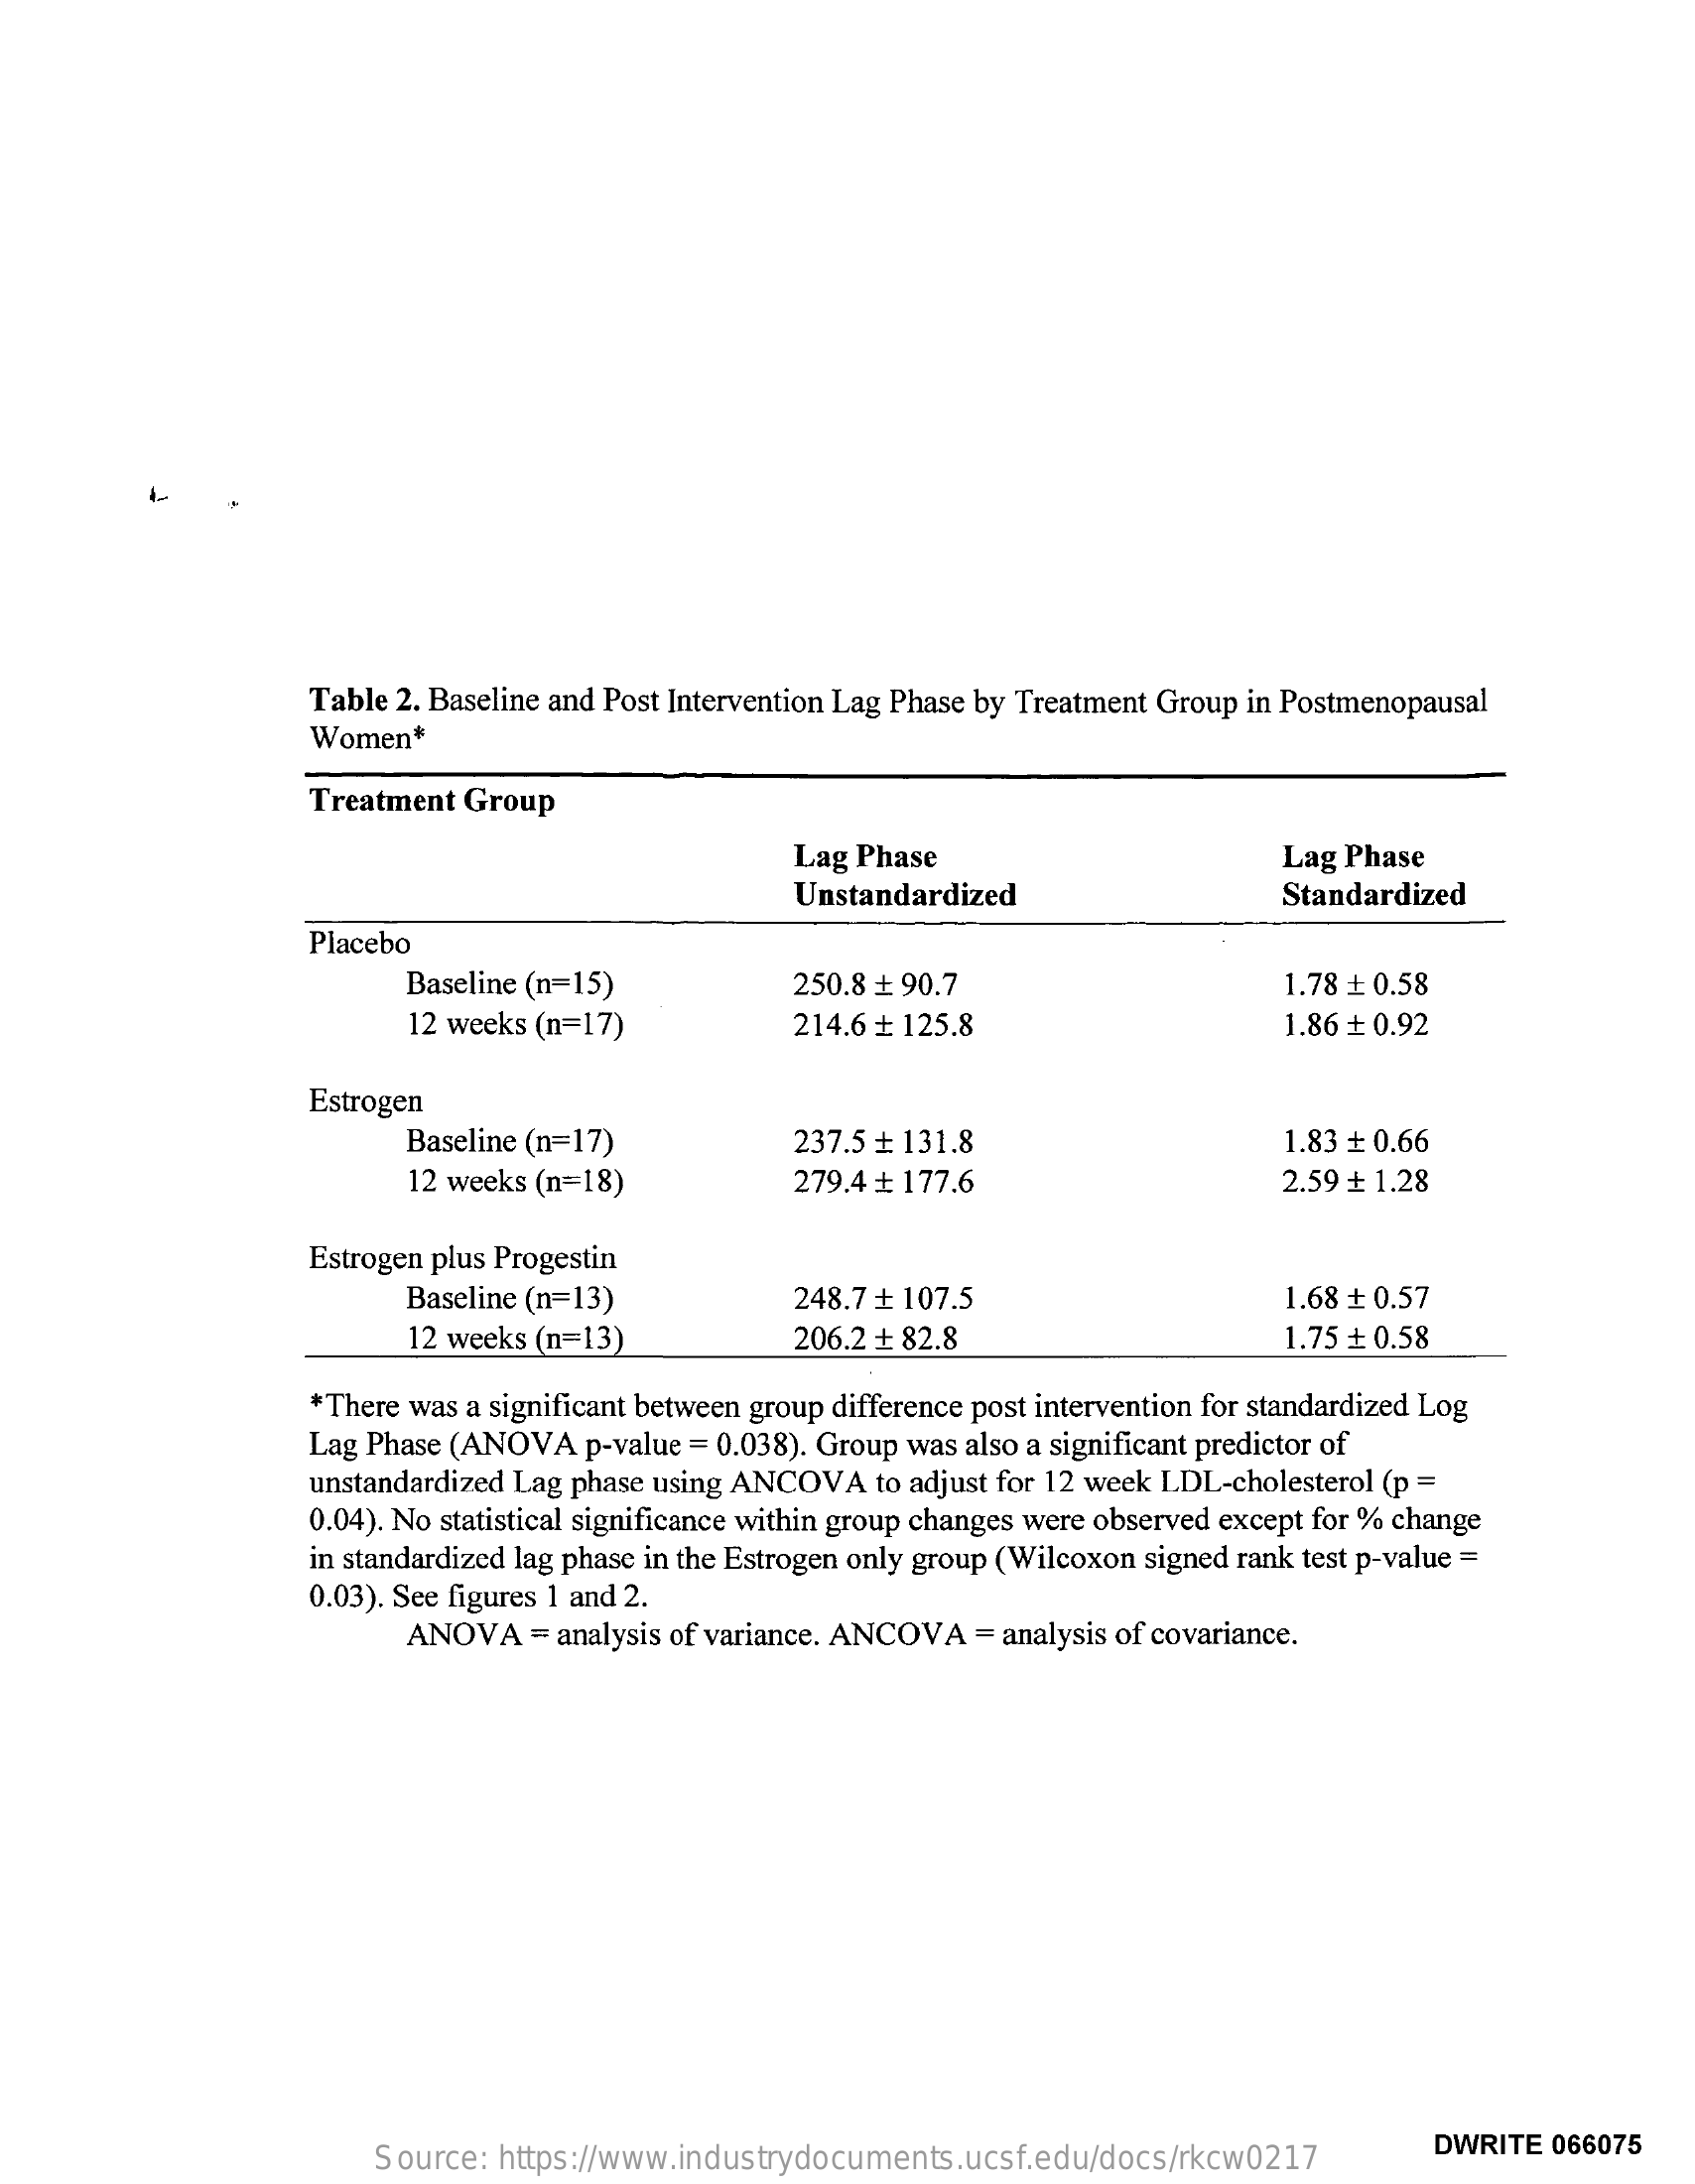
Table 2. Baseline and Post Intervention Lag Phase by Treatment Group in Postmenopausal
     Women*
     Treatment Group
     Lag Phase    Lag Phase
     Unstandardized    Standardized
     Placebo
     Baseline (n=15)    250.8 ₺ 90.7    1.78 ₺ 0.58
     12 weeks (n=17)    214.6 ₺ 125.8    1.86 ₺ 0.92
     Estrogen
     Baseline (n=17)    237.5 + 131.8    1.83 ₺ 0.66
     12 weeks (n=18)    279.4 ₺ 177.6    2.59 ₺ 1.28
     Estrogen plus Progestin
     Baseline (n=13)    248.7 + 107.5    1.68 + 0.57
     12 weeks (n=13)    206.2 + 82.8    1.75 ₺ 0.58
     *There was a significant between group difference post intervention for standardized Log
     Lag Phase (ANOVA p-value = 0.038). Group was also a significant predictor of
     unstandardized Lag phase using ANCOVA to adjust for 12 week LDL-cholesterol (p =
     0.04). No statistical significance within group changes were observed except for % change
     in standardized lag phase in the Estrogen only group (Wilcoxon signed rank test p-value =
     0.03). See figures 1 and 2.
     ANOVA   = analysis of variance. ANCOVA = analysis of covariance.
     Source: https://www.industrydocuments.ucsf.edu/docs/rkcw0217
     DWRITE  066075